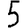
Digit: 5